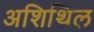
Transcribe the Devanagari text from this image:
अशिथिल